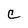
Character: c